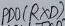
Text: PD0(RXD)